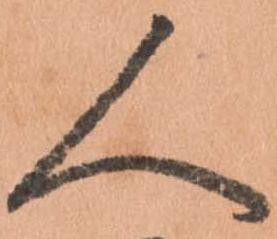
人